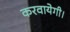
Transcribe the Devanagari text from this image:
करवायेगी।